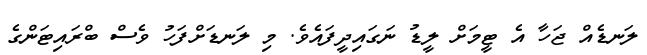
ލަނޑެއް ޖަހާ އެ ޓީމަށް ލީޑު ނަގައިދީފައެވެ. މި ލަނޑަށްފަހު ވެސް ބްރައިޓަންގެ